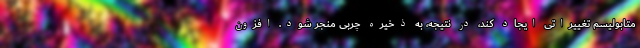
متابولیسم تغییراتی ایجاد کند، در نتیجه، به ذخیره چربی منجر شود. افزون